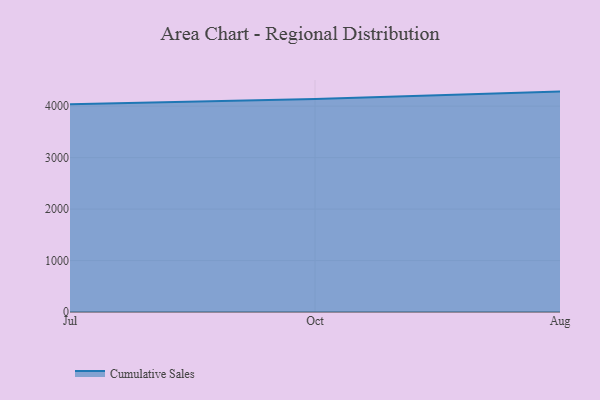
{"axis": {"x": "Month", "y": "Latency (ms)"}, "legend": ["Cumulative Sales"], "data": [{"x": "Jul", "y": 4038.6, "type": "Cumulative Sales"}, {"x": "Oct", "y": 4140.6, "type": "Cumulative Sales"}, {"x": "Aug", "y": 4282.8, "type": "Cumulative Sales"}]}